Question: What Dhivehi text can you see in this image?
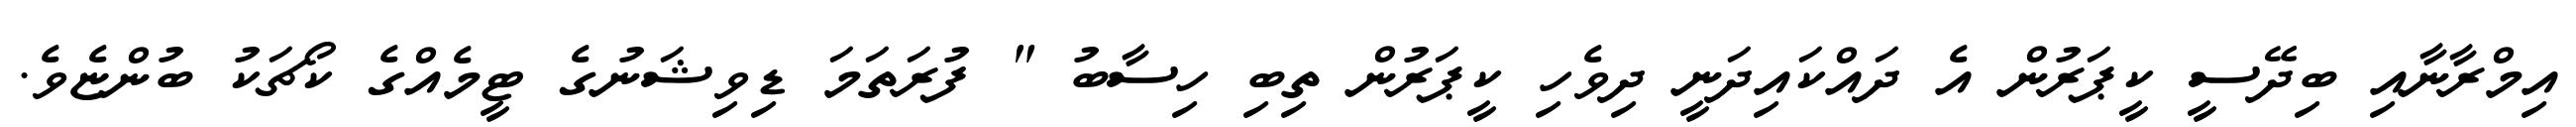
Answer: އިމްރާނާއި ބިދޭސީ ކީޕަރުން އެ ދައްކައިދަނީ ދިވެހި ކީޕަރުން ތިބި ހިސާބު " ފުރަތަމަ ޑިވިޝަނުގެ ޓީމެއްގެ ކޯޗަކު ބުންޏެވެ.